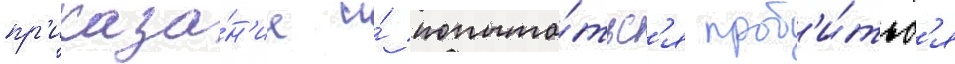
пр'иказа́н'ие и́ попыта́тьс'я проб'и́тьс'я